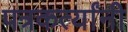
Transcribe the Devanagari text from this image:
पत्रकर्त्यांनी